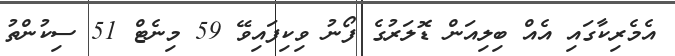
އެމެރިކާގައި އެއް ބިލިއަން ޑޮލަރުގެ ފޯނު ވިކިފައިވޭ 59 މިނެޓް 51 ސިކުންތު